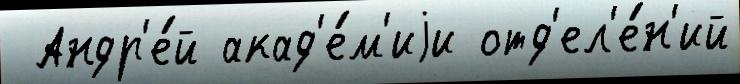
 Андр'е́й акад'е́м'иjи отд'ел'е́н'ий